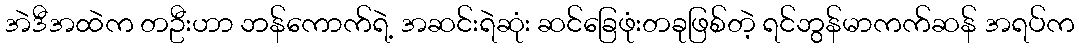
အဲဒီအထဲက တဦးဟာ ဘန်ကောက်ရဲ့ အဆင်းရဲဆုံး ဆင်ခြေဖုံးတခုဖြစ်တဲ့ ရင်ဘွန်မာကက်ဆန် အရပ်က